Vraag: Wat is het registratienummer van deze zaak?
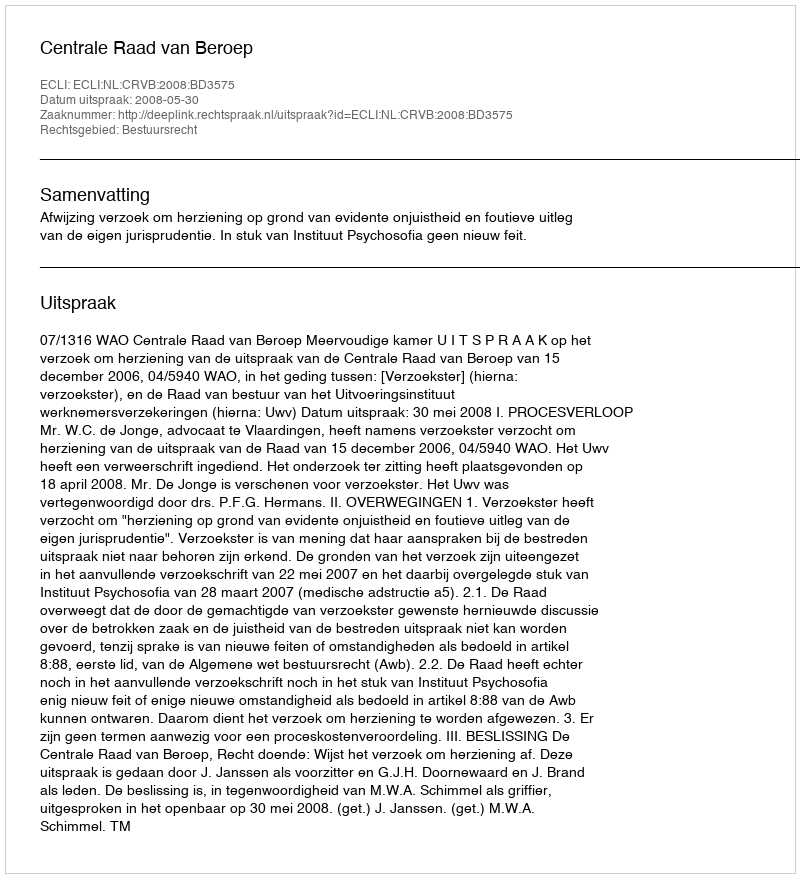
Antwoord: http://deeplink.rechtspraak.nl/uitspraak?id=ECLI:NL:CRVB:2008:BD3575